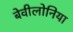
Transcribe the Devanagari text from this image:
बेवीलोनिया